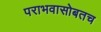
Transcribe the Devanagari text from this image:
पराभवासोबतच